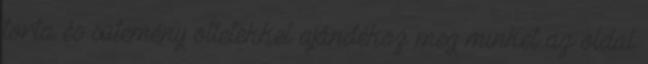
torta és sütemény ötletekkel ajándékoz meg minket az oldal